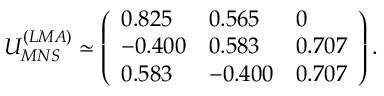
U _ { M N S } ^ { ( L M A ) } \simeq \left( \begin{array} { l l l } { { 0 . 8 2 5 } } & { { 0 . 5 6 5 } } & { { 0 } } \\ { { - 0 . 4 0 0 } } & { { 0 . 5 8 3 } } & { { 0 . 7 0 7 } } \\ { { 0 . 5 8 3 } } & { { - 0 . 4 0 0 } } & { { 0 . 7 0 7 } } \end{array} \right) .